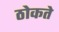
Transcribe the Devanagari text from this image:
ठोकते